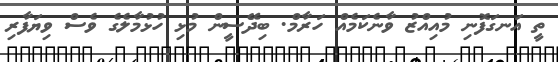
ތީ އަނގަފޮނި މުއިއްޒު ވާނެކަމެއް ހަރާމް. ބިދޭސީން މުޅި ހުޅުމާލެގެ ވެސް ވިޔަފާރި